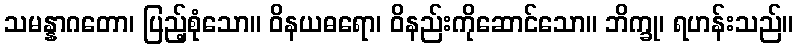
သမန္နာဂတော၊ ပြည့်စုံသော။ ဝိနယဓရော၊ ဝိနည်းကိုဆောင်သော။ ဘိက္ခု၊ ရဟန်းသည်။